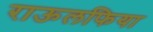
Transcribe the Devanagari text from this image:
राऊलफिया